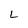
Character: L